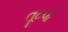
તૂટવો